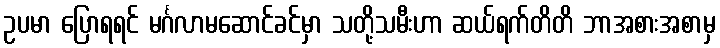
ဥပမာ ပြောရရင် မင်္ဂလာမဆောင်ခင်မှာ သတို့သမီးဟာ ဆယ်ရက်တိတိ ဘာအစားအစာမှ